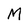
Character: M